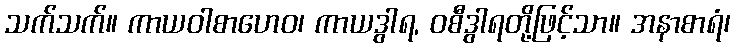
သက်သက်။ ကာယဝါစာဟေဝ၊ ကာယဒွါရ, ဝစီဒွါရတို့ဖြင့်သာ။ အနာစာရံ၊